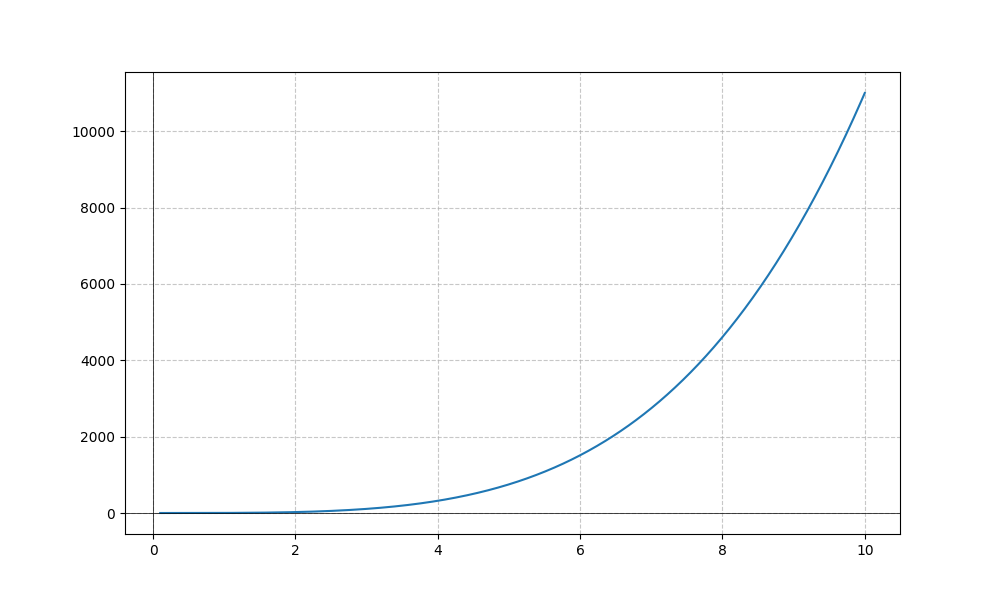
LaTeX formula: x^{4} + x^{3}